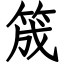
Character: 筬